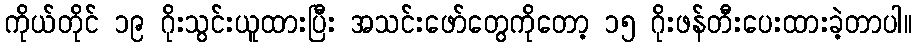
ကိုယ်တိုင် ၁၉ ဂိုးသွင်းယူထားပြီး အသင်းဖော်တွေကိုတော့ ၁၅ ဂိုးဖန်တီးပေးထားခဲ့တာပါ။